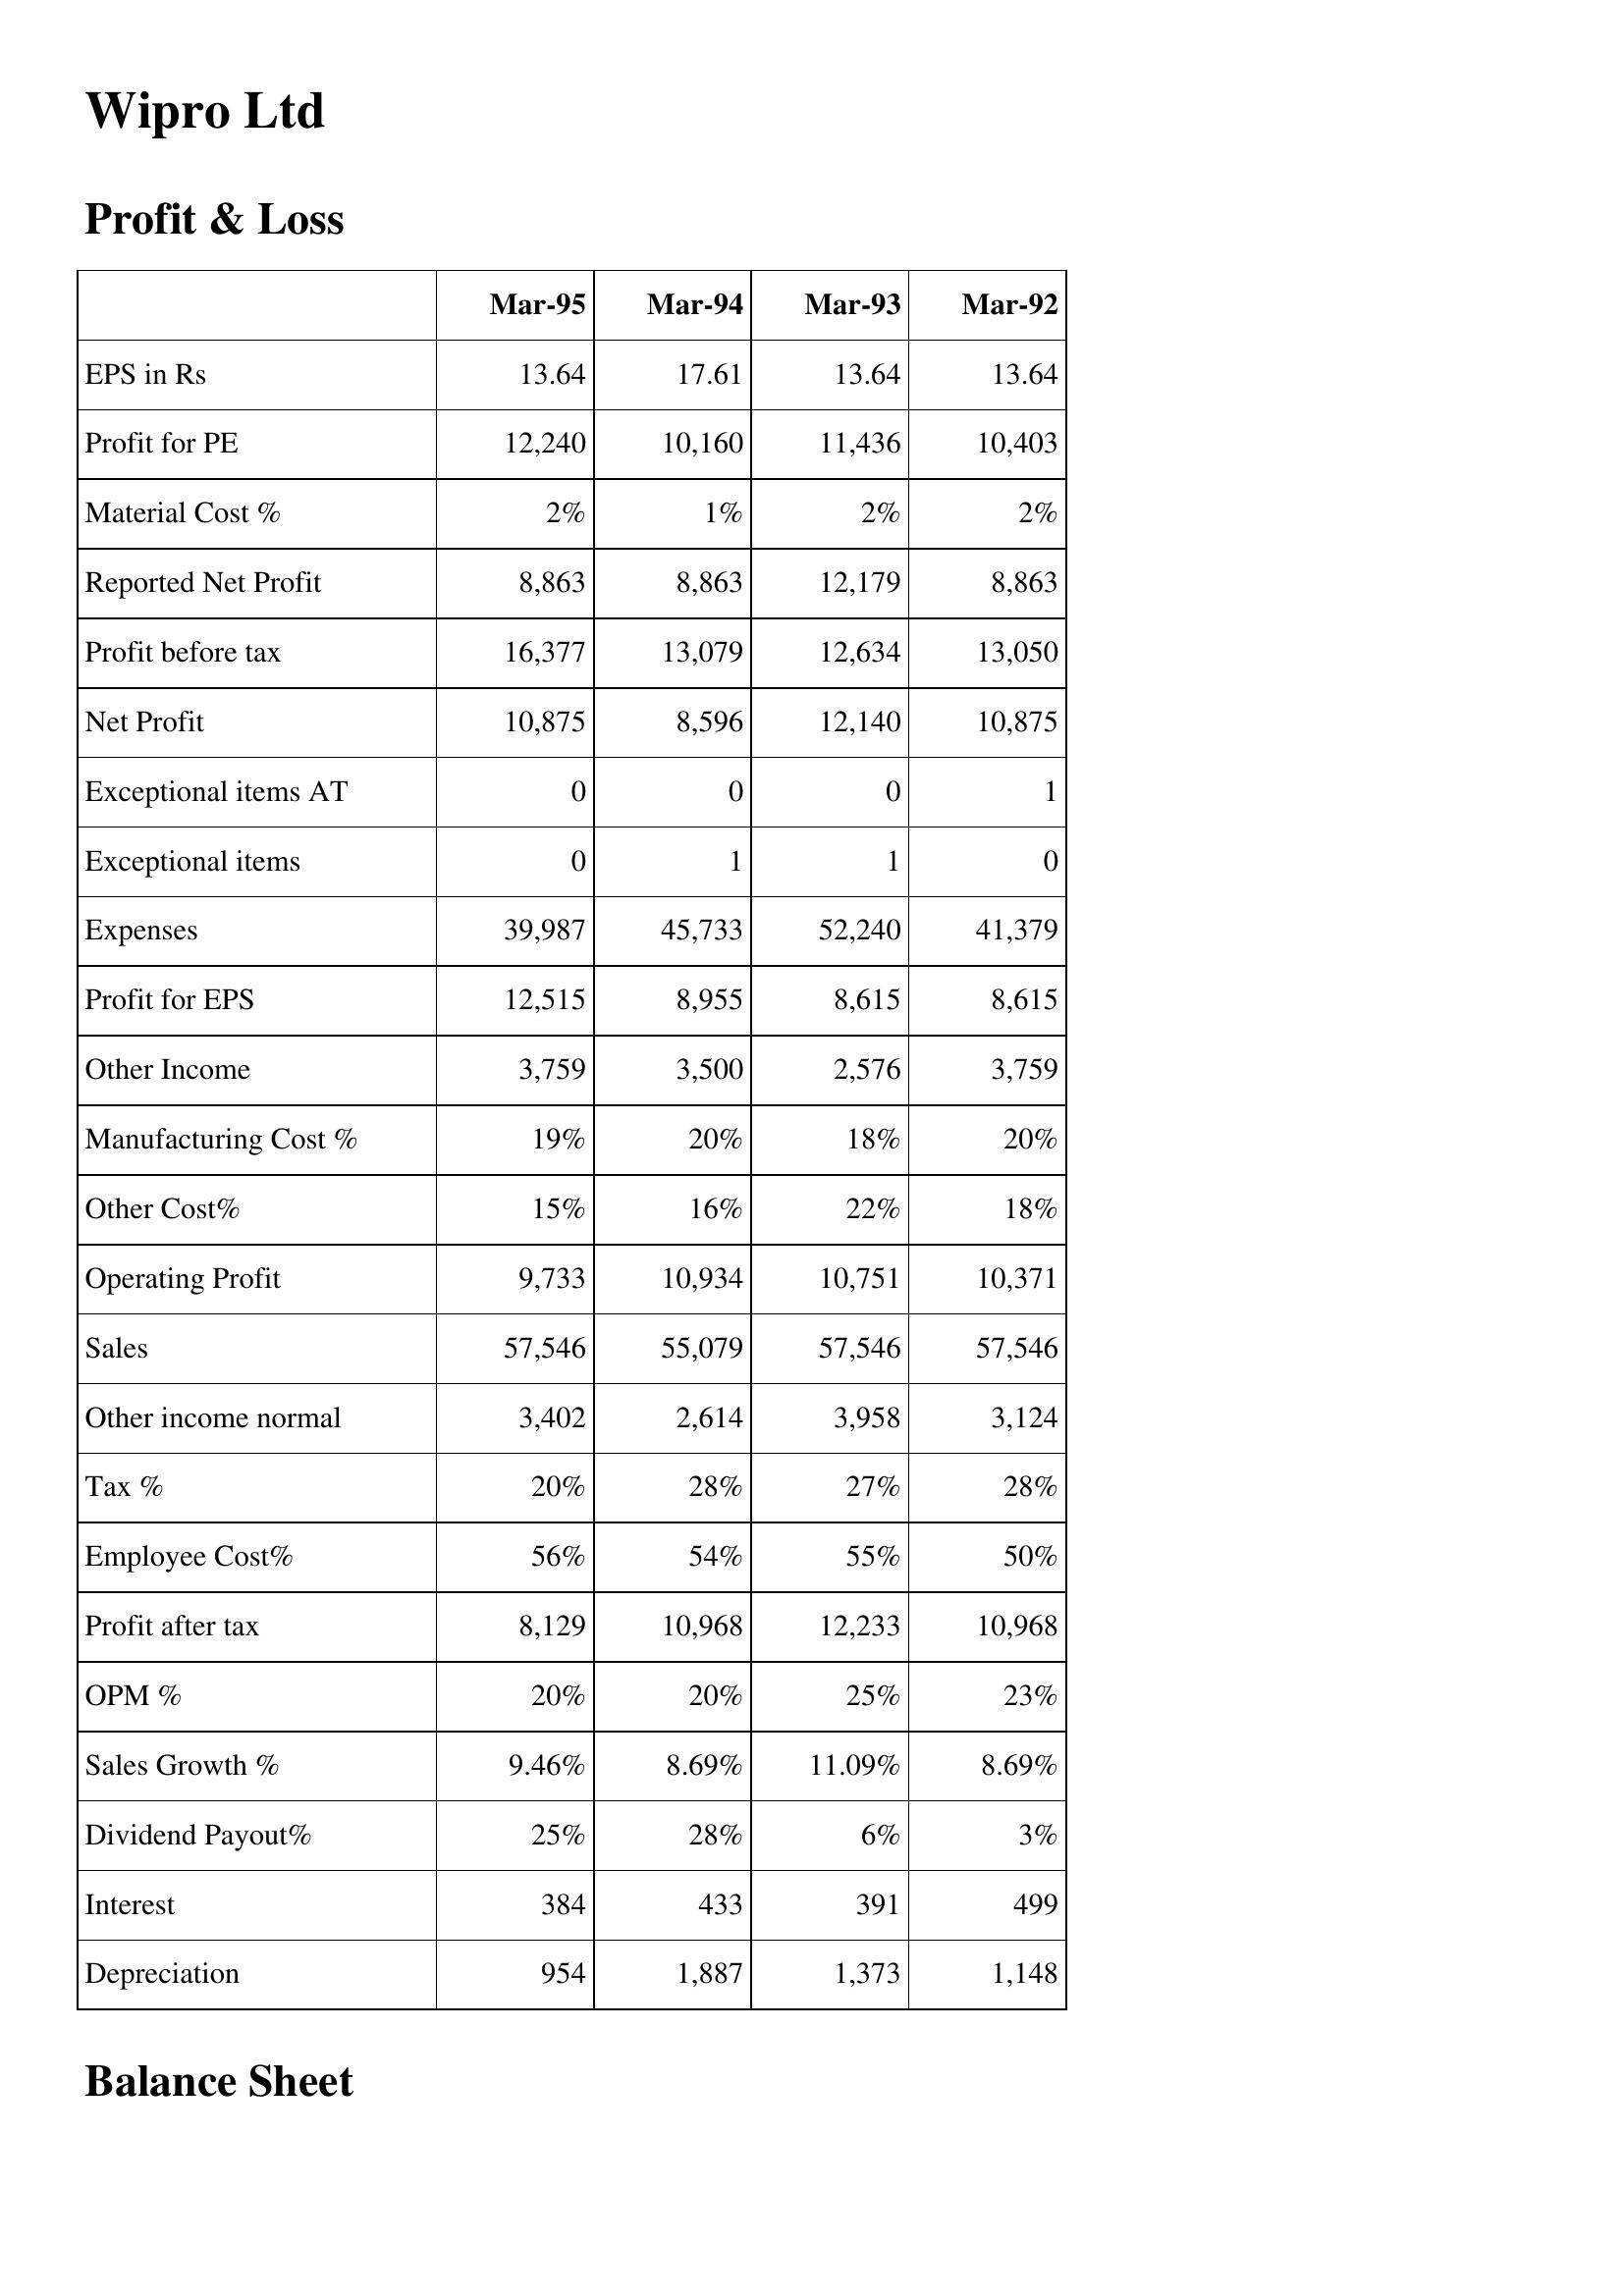
Mar-95: Profit & Loss: EPS in Rs: 13.64
Profit for PE: 12,240
Material Cost %: 2%
Reported Net Profit: 8,863
Profit before tax: 16,377
Net Profit: 10,875
Exceptional items AT: 0
Exceptional items: 0
Expenses: 39,987
Profit for EPS: 12,515
Other Income: 3,759
Manufacturing Cost %: 19%
Other Cost%: 15%
Operating Profit: 9,733
Sales: 57,546
Other income normal: 3,402
Tax %: 20%
Employee Cost%: 56%
Profit after tax: 8,129
OPM %: 20%
Sales Growth %: 9.46%
Dividend Payout%: 25%
Interest: 384
Depreciation: 954
Mar-94: Profit & Loss: EPS in Rs: 17.61
Profit for PE: 10,160
Material Cost %: 1%
Reported Net Profit: 8,863
Profit before tax: 13,079
Net Profit: 8,596
Exceptional items AT: 0
Exceptional items: 1
Expenses: 45,733
Profit for EPS: 8,955
Other Income: 3,500
Manufacturing Cost %: 20%
Other Cost%: 16%
Operating Profit: 10,934
Sales: 55,079
Other income normal: 2,614
Tax %: 28%
Employee Cost%: 54%
Profit after tax: 10,968
OPM %: 20%
Sales Growth %: 8.69%
Dividend Payout%: 28%
Interest: 433
Depreciation: 1,887
Mar-93: Profit & Loss: EPS in Rs: 13.64
Profit for PE: 11,436
Material Cost %: 2%
Reported Net Profit: 12,179
Profit before tax: 12,634
Net Profit: 12,140
Exceptional items AT: 0
Exceptional items: 1
Expenses: 52,240
Profit for EPS: 8,615
Other Income: 2,576
Manufacturing Cost %: 18%
Other Cost%: 22%
Operating Profit: 10,751
Sales: 57,546
Other income normal: 3,958
Tax %: 27%
Employee Cost%: 55%
Profit after tax: 12,233
OPM %: 25%
Sales Growth %: 11.09%
Dividend Payout%: 6%
Interest: 391
Depreciation: 1,373
Mar-92: Profit & Loss: EPS in Rs: 13.64
Profit for PE: 10,403
Material Cost %: 2%
Reported Net Profit: 8,863
Profit before tax: 13,050
Net Profit: 10,875
Exceptional items AT: 1
Exceptional items: 0
Expenses: 41,379
Profit for EPS: 8,615
Other Income: 3,759
Manufacturing Cost %: 20%
Other Cost%: 18%
Operating Profit: 10,371
Sales: 57,546
Other income normal: 3,124
Tax %: 28%
Employee Cost%: 50%
Profit after tax: 10,968
OPM %: 23%
Sales Growth %: 8.69%
Dividend Payout%: 3%
Interest: 499
Depreciation: 1,148